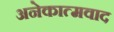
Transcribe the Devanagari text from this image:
अनेकात्मवाद